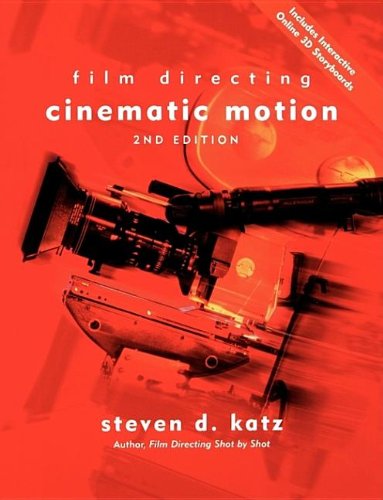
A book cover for Film Directing: Cinematic Motion, Second Edition; Steven D Katz; Humor & Entertainment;